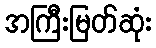
အကြီးမြတ်ဆုံး